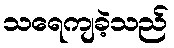
သရေကျခဲ့သည်